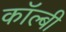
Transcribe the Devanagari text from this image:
कॉल्बी